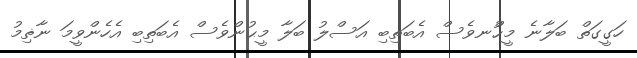
ހަގީގަތް ބަލާނެ މީޙުްނވެސް އެބަތިބި އަސްލު ބަލާ މީޙުންވެސް އެބަތިބި އެހެންވީމަ ނާޡިމު